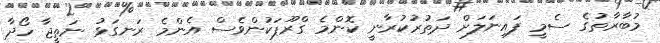
މުބާރާތުގެ ސެމީ ފައިނަލަށް ދަތުރުކުރާނީ ކޮންމެ ގްރޫޕަކުންވެސް އެންމެ ރަނގަޅު ނަތީޖާ ހޯދާ